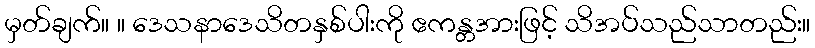
မှတ်ချက်။ ။ ဒေသနာဒေသိတနှစ်ပါးကို ဧကန္တအားဖြင့် သိအပ်သည်သာတည်း။